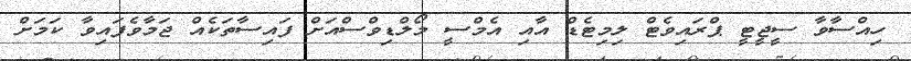
ހިއްސާވާ ސީޖީޓީ ޕްރައިވެޓް ލިމިޓެޑް އާއި އެމްސީ މޯލްޑިވްސްއަށް ފައިސާތަކެއް ޖަމާވެފައިވާ ކަމަށް